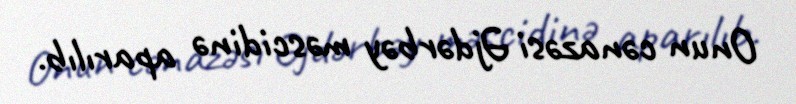
Onun cənazəsi Əjdərbəy məscidinə aparılıb.